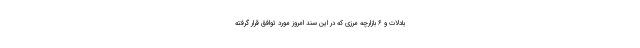
بادلات و ۶ بازارچه مرزی که در این سند امروز مورد توافق قرار گرفته